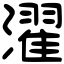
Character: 濯